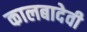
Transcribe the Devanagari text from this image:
कालबादेवी